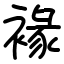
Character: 褖